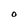
Character: O